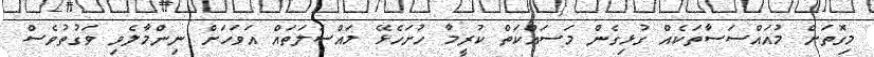
މިގޮތަށް މުއައްސަސާތަކެއް ގުޅިގެން މަސައްކަތް ކުރީމާ ހުށަހެޅޭ މައްސަލަތައް އަވަހަށް ނިންމާލެވި ވަގުތުވެސް